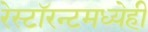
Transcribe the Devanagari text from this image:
रेस्टॉरन्टमध्येही